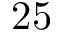
2 5